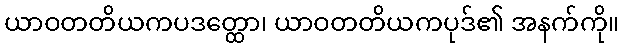
ယာဝတတိယကပဒတ္ထော၊ ယာဝတတိယကပုဒ်၏ အနက်ကို။